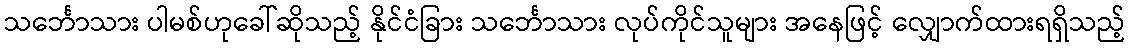
သင်္ဘောသား ပါမစ်ဟုခေါ်ဆိုသည့် နိုင်ငံခြား သင်္ဘောသား လုပ်ကိုင်သူများ အနေဖြင့် လျှောက်ထားရရှိသည့်